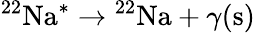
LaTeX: ^{22}\mathrm{Na}^{*}\to{^{22}\mathrm{Na}}+\gamma(\mathrm{s)}